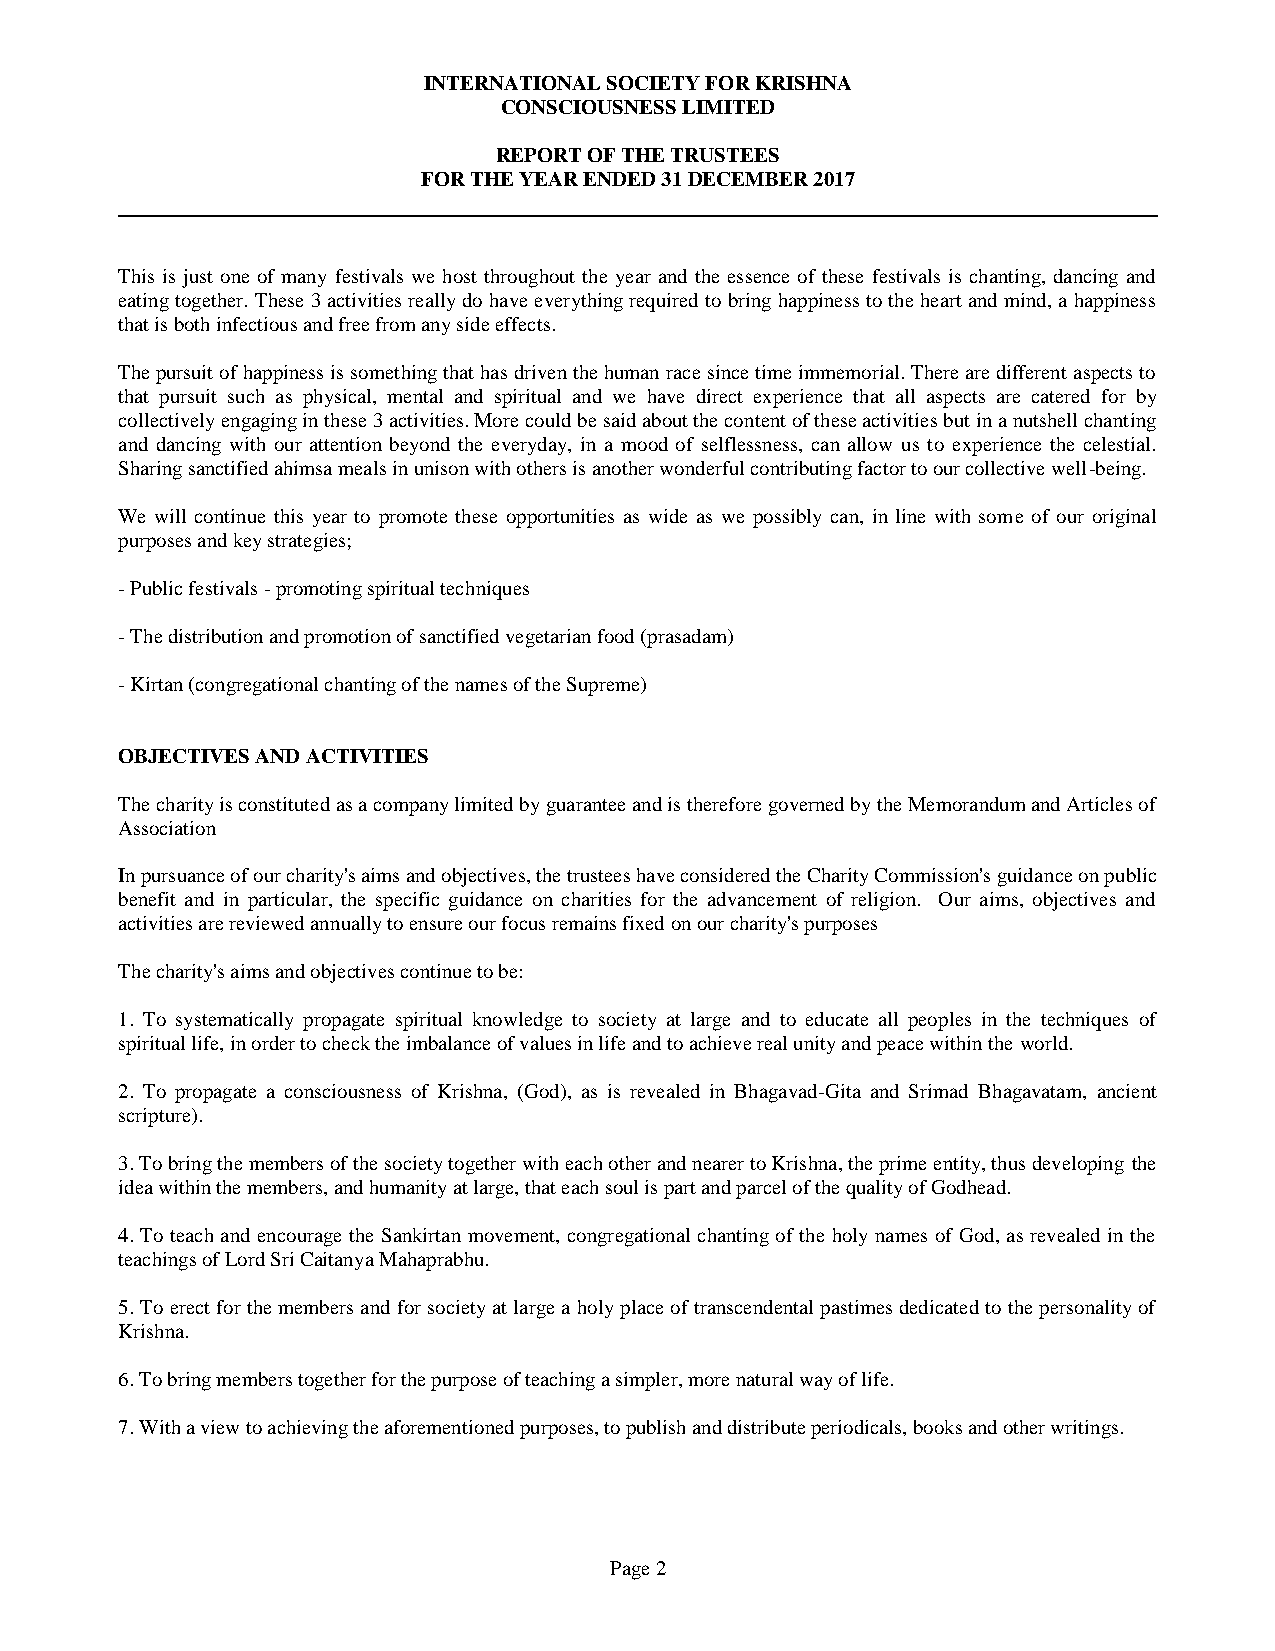
INTERNATIONAL SOCIETY FOR KRISHNA
 CONSCIOUSNESS LIMITED
 REPORT OF THE TRUSTEES
 FOR THE YEAR ENDED 31 DECEMBER 2017
 This is just one of many festivals we host throughout the year and the essence of these festivals is chanting, dancing and
 eating together. These 3 activities really do have everything required to bring happiness to the heart and mind, a happiness
 that is both infectious and free from any side effects.
 The pursuit of happiness is something that has driven the human race since time immemorial. There are different aspects to
 that pursuit such as physical, mental and spiritual and we have direct experience that all aspects are catered for by
 collectively engaging in these 3 activities. More could be said about the content of these activities but in a nutshell chanting
 and dancing with our attention beyond the everyday, in a mood of selflessness, can allow us to experience the celestial.
 Sharing sanctified ahimsa meals in unison with others is another wonderful contributing factor to our collective well-being.
 We will continue this year to promote these opportunities as wide as we possibly can, in line with some of our original
 purposes and key strategies;
 - Public festivals - promoting spiritual techniques
 - The distribution and promotion of sanctified vegetarian food (prasadam)
 - Kirtan (congregational chanting of the names of the Supreme)
 OBJECTIVES AND ACTIVITIES
 The charity is constituted as a company limited by guarantee and is therefore governed by the Memorandum and Articles of
 Association
 In pursuance of our charity's aims and objectives, the trustees have considered the Charity Commission's guidance on public
 benefit and in particular, the specific guidance on charities for the advancement of religion. Our aims, objectives and
 activities are reviewed annually to ensure our focus remains fixed on our charity's purposes
 The charity's aims and objectives continue to be:
 1. To systematically propagate spiritual knowledge to society at large and to educate all peoples in the techniques of
 spiritual life, in order to check the imbalance of values in life and to achieve real unity and peace within the world.
 2. To propagate a consciousness of Krishna, (God), as is revealed in Bhagavad-Gita and Srimad Bhagavatam, ancient
 scripture).
 3. To bring the members of the society together with each other and nearer to Krishna, the prime entity, thus developing the
 idea within the members, and humanity at large, that each soul is part and parcel of the quality of Godhead.
 4. To teach and encourage the Sankirtan movement, congregational chanting of the holy names of God, as revealed in the
 teachings of Lord Sri Caitanya Mahaprabhu.
 5. To erect for the members and for society at large a holy place of transcendental pastimes dedicated to the personality of
 Krishna.
 6. To bring members together for the purpose of teaching a simpler, more natural way of life.
 7. With a view to achieving the aforementioned purposes, to publish and distribute periodicals, books and other writings.
 Page 2